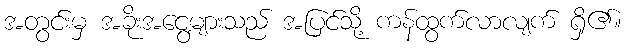
အတွင်းမှ အခိုးအငွေ့များသည် အပြင်သို့ ကန်ထွက်လာလျက် ရှိ၏။